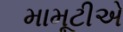
મામૂટીએ